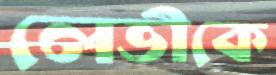
লেভীকে